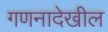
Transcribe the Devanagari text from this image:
गणनादेखील